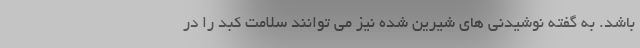
باشد. به گفته نوشیدنی های شیرین شده نیز می توانند سلامت کبد را در